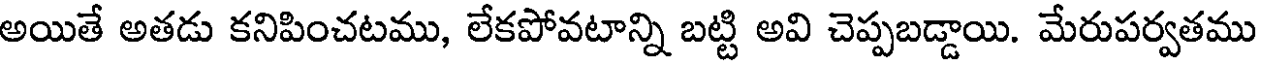
అయితే అతడు కనిపించటము, లేకపోవటాన్ని బట్టి అవి చెప్పబడ్డాయి. మేరుపర్వతము